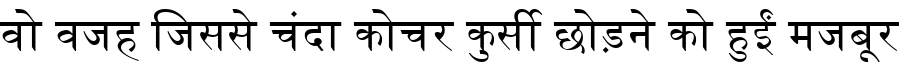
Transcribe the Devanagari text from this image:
वो वजह जिससे चंदा कोचर कुर्सी छोड़ने को हुईं मजबूर